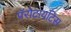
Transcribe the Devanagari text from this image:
पॅरोटायटिस